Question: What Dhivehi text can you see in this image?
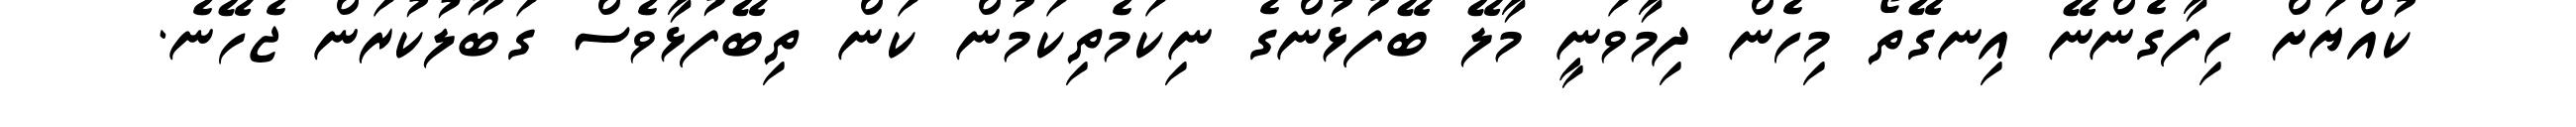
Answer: ކުއްޔަށް ހިފާގެންނޭ އިނގޭތޯ މިހެން ދިމާވަނީ މާލޭ ބޭފުޅުންގެ ނިކަމެތިކަމުން ކަން ތިބޭފުޅާވެސް ގަބޫލުކުރަން ޖެހޭނެ.